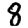
Digit: 8